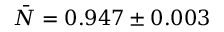
\bar { N } = 0 . 9 4 7 \pm 0 . 0 0 3